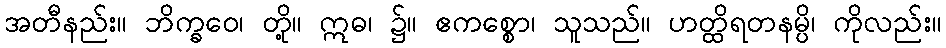
အတီနည်း။ ဘိက္ခဝေ၊ တို့။ ဣဓ၊ ၌။ ဧကစ္စော၊ သူသည်။ ဟတ္ထိရတနမ္ပိ၊ ကိုလည်း။